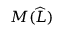
M ( \widehat { L } )